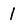
Character: 1